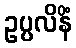
ဥပ္ပလိနိံ